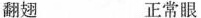
翻翅 正常眼